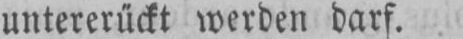
untererückt werden darf.